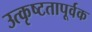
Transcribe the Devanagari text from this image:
उत्कृष्टतापूर्वक